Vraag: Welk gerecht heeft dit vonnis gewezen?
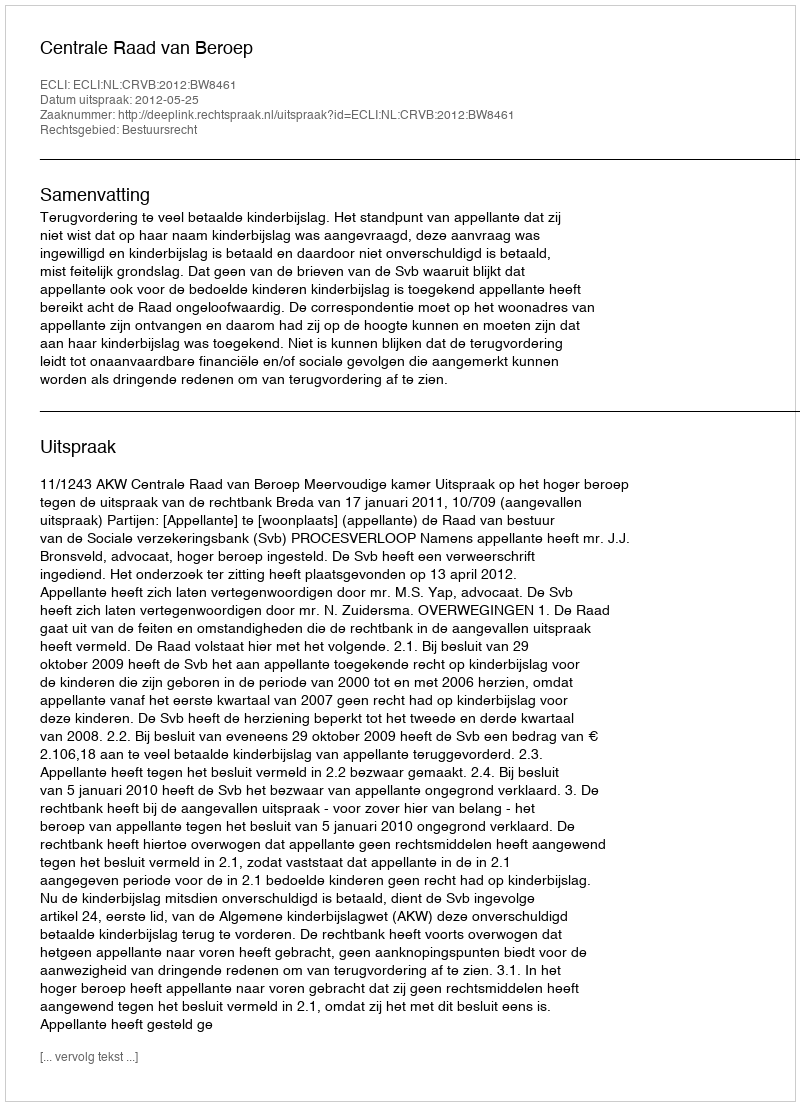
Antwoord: Centrale Raad van Beroep